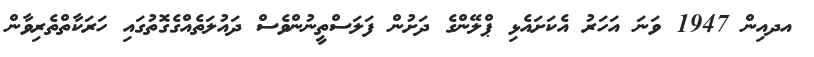
އދއިން 1947 ވަނަ އަހަރު އެކަށައެޅި ޕްލޭންގެ ދަށުން ފަލަސްތީނުންވެސް ދައުލަތެއްގެގޮތުގައި ހަރަކާތްތެރިވާން